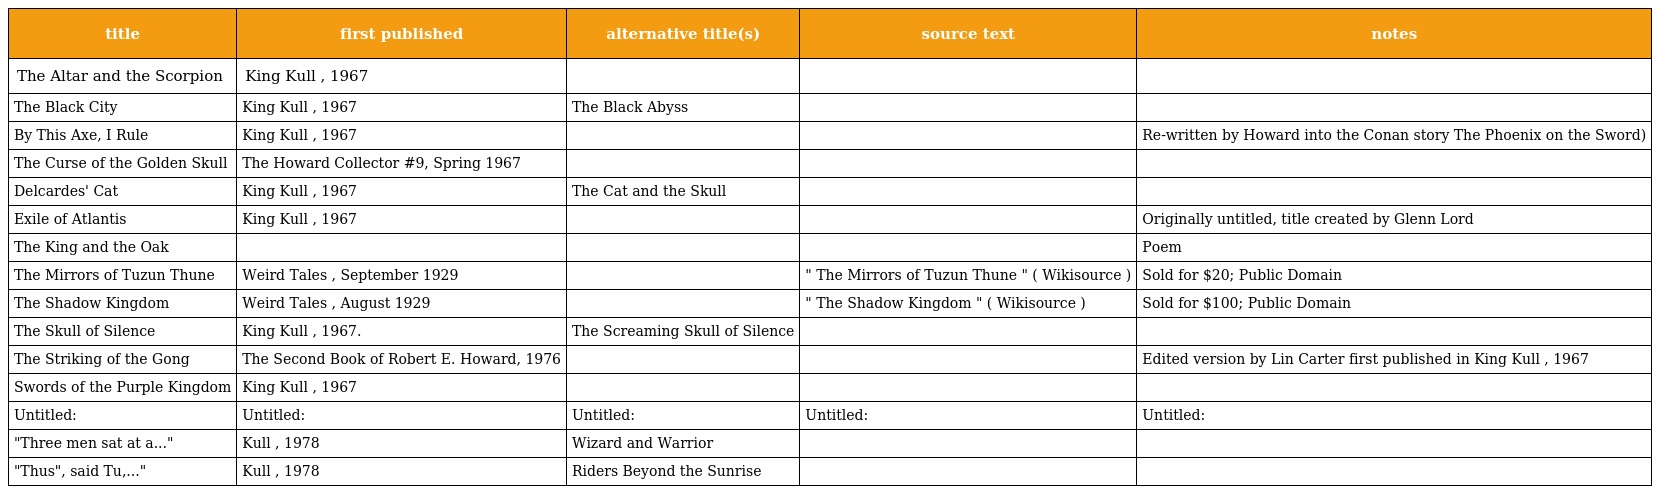
| title | first published | alternative title(s) | source text | notes |
 | --- | --- | --- | --- | --- |
 | The Altar and the Scorpion | King Kull , 1967 |  |  |  |
 | The Black City | King Kull , 1967 | The Black Abyss |  |  |
 | By This Axe, I Rule | King Kull , 1967 |  |  | Re-written by Howard into the Conan story The Phoenix on the Sword) |
 | The Curse of the Golden Skull | The Howard Collector #9, Spring 1967 |  |  |  |
 | Delcardes' Cat | King Kull , 1967 | The Cat and the Skull |  |  |
 | Exile of Atlantis | King Kull , 1967 |  |  | Originally untitled, title created by Glenn Lord |
 | The King and the Oak |  |  |  | Poem |
 | The Mirrors of Tuzun Thune | Weird Tales , September 1929 |  | " The Mirrors of Tuzun Thune " ( Wikisource ) | Sold for $20; Public Domain |
 | The Shadow Kingdom | Weird Tales , August 1929 |  | " The Shadow Kingdom " ( Wikisource ) | Sold for $100; Public Domain |
 | The Skull of Silence | King Kull , 1967. | The Screaming Skull of Silence |  |  |
 | The Striking of the Gong | The Second Book of Robert E. Howard, 1976 |  |  | Edited version by Lin Carter first published in King Kull , 1967 |
 | Swords of the Purple Kingdom | King Kull , 1967 |  |  |  |
 | Untitled: | Untitled: | Untitled: | Untitled: | Untitled: |
 | "Three men sat at a..." | Kull , 1978 | Wizard and Warrior |  |  |
 | "Thus", said Tu,..." | Kull , 1978 | Riders Beyond the Sunrise |  |  |